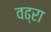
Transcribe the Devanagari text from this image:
वढ्रा